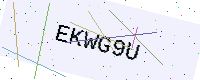
Text: EKWG9U